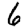
Digit: 6